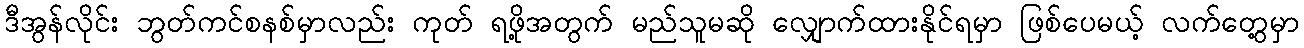
ဒီအွန်လိုင်း ဘွတ်ကင်စနစ်မှာလည်း ကုတ် ရဖို့အတွက် မည်သူမဆို လျှောက်ထားနိုင်ရမှာ ဖြစ်ပေမယ့် လက်တွေ့မှာ